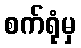
စက်ရုံမှ